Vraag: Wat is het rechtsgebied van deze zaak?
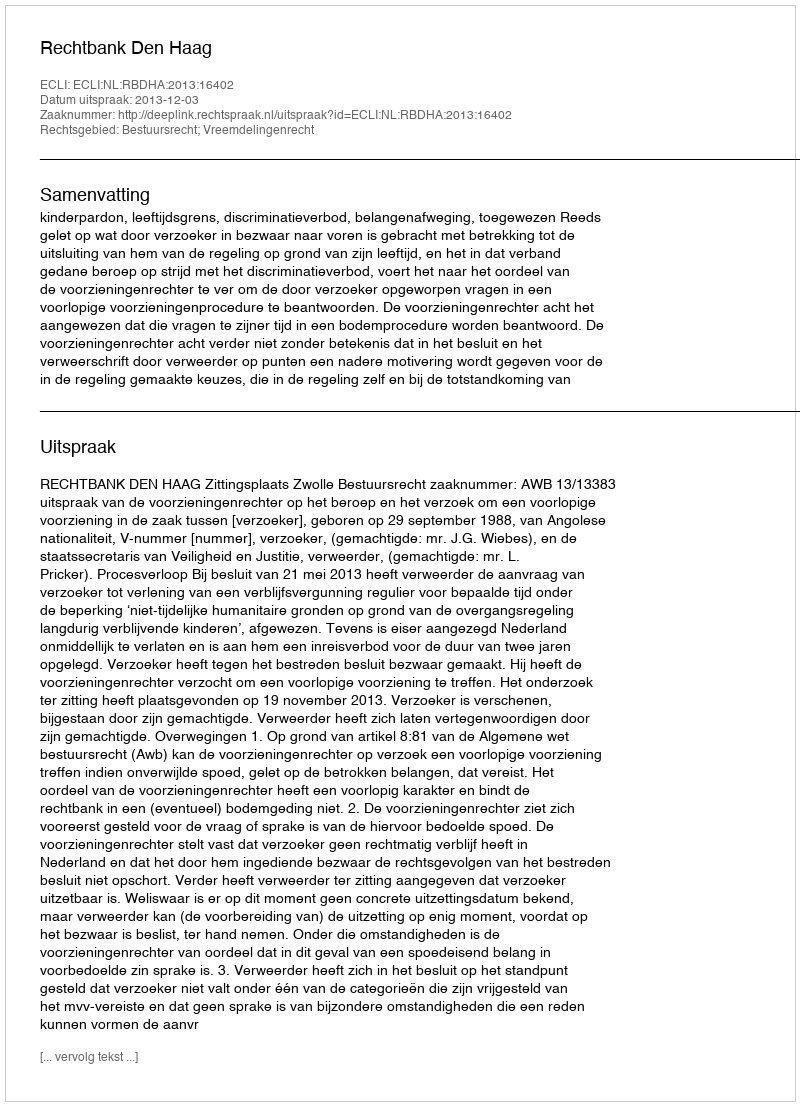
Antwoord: Bestuursrecht; Vreemdelingenrecht